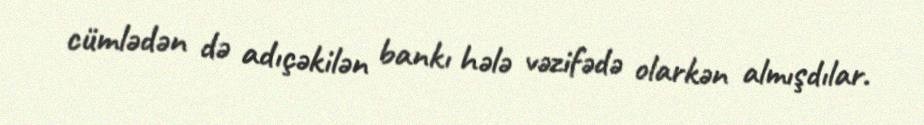
cümlədən də adıçəkilən bankı hələ vəzifədə olarkən almışdılar.